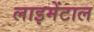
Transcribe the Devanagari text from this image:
लाइमेंटाल